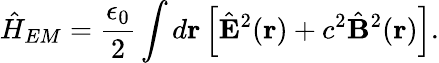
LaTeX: \hat{H}_{EM}=\frac{\epsilon_{0}}{2}\int d\mathbf{r}\left[\hat{\mathbf{E}}^{2}(\mathbf{r})+c^{2}\hat{\mathbf{B}}^{2}(\mathbf{r})\right].